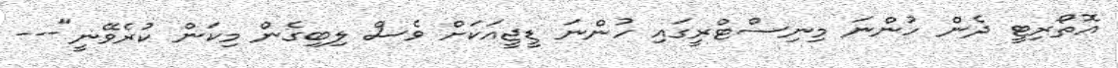
އޮތޯރިޓީ ދެން ހުންނަ މިނިސްޓްރީގައި ހުންނަ ޑީޖީއަކަށް ވެސް ލިބިގެން މިކަން ކުރެވޭނީ"---